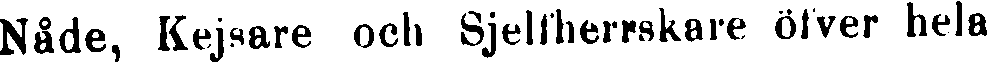
Nåde, Kejsare och Sjelfherrskare öfver hela